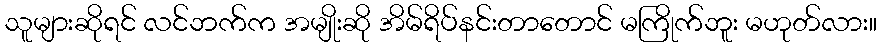
သူများဆိုရင် လင်ဘက်က အမျိုးဆို အိမ်ရိပ်နင်းတာတောင် မကြိုက်ဘူး မဟုတ်လား။